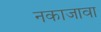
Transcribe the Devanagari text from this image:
नकाजावा